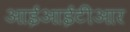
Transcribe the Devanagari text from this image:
आईआईटीआर